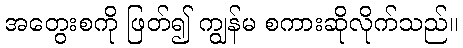
အတွေးစကို ဖြတ်၍ ကျွန်မ စကားဆိုလိုက်သည်။